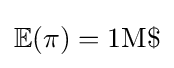
\mathbb {E} (\pi )=1{\text{M}}\$